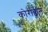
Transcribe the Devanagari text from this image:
कोराक्वेन